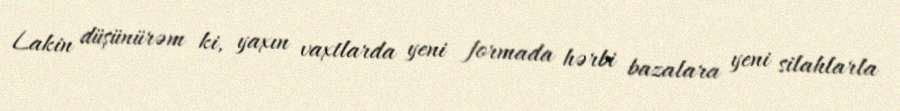
Lakin düşünürəm ki, yaxın vaxtlarda yeni formada hərbi bazalara yeni silahlarla